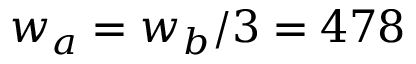
w _ { a } = w _ { b } / 3 = 4 7 8